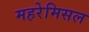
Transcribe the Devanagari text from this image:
महरेमिसल